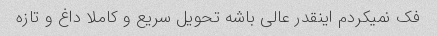
فک نمیکردم اینقدر عالی باشه تحویل سریع و کاملا داغ و تازه